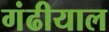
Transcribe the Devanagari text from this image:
गंढीयाल